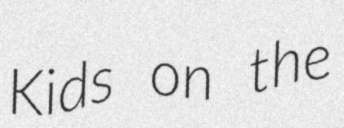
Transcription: Kids on the